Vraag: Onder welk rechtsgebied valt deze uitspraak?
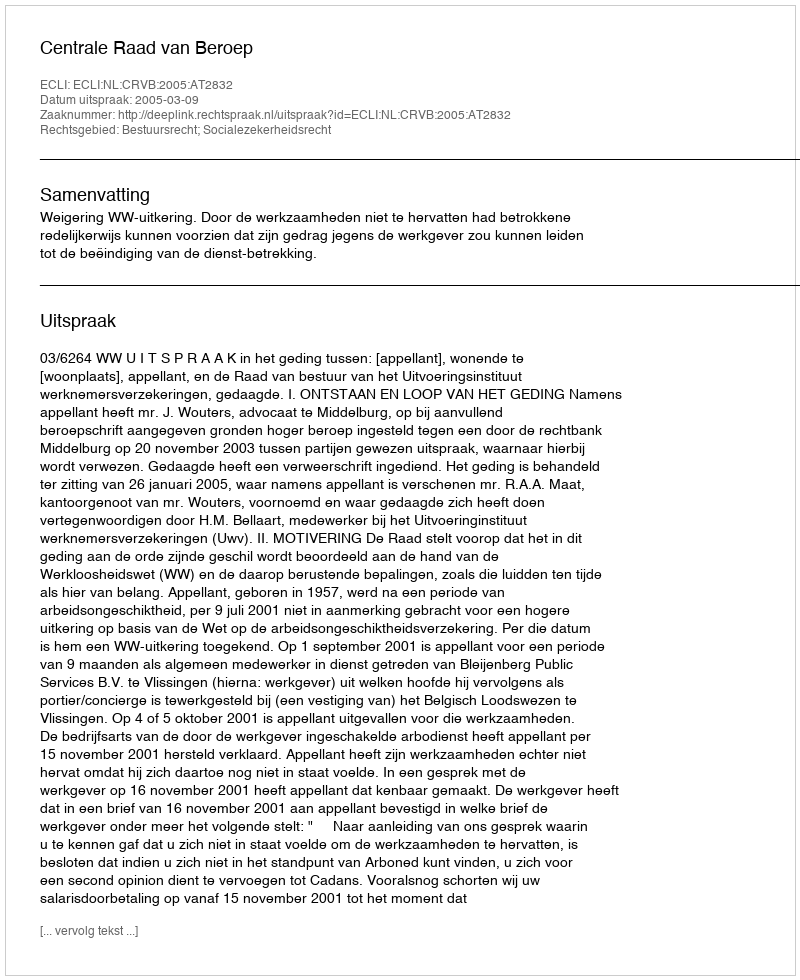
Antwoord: Bestuursrecht; Socialezekerheidsrecht